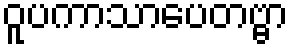
ဝူပကာသာပေတဗ္ဗာ